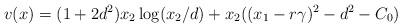
LaTeX: \begin{align*}v(x)=(1+2d^2) x_2 \log (x_2/d) + x_2 ((x_1-r\gamma)^2-d^2-C_0)\end{align*}